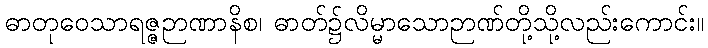
ဓာတုဝေသာရဇ္ဇဉာဏာနိစ၊ ဓာတ်၌လိမ္မာသောဉာဏ်တို့သို့လည်းကောင်း။